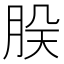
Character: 𬚷